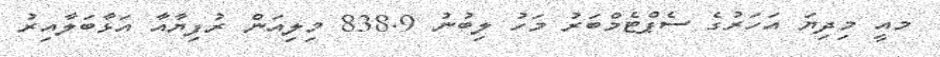
މއީ މިދިޔަ އަހަރުގެ ސެޕްޓެމްބަރު މަހު ލިބުނު 838.9 މިލިއަން ރުފިޔާއާ އަޅާބަލާއިރު